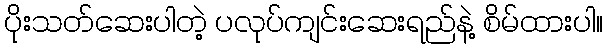
ပိုးသတ်ဆေးပါတဲ့ ပလုပ်ကျင်းဆေးရည်နဲ့ စိမ်ထားပါ။